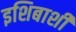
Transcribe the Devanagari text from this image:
इशिबाशी